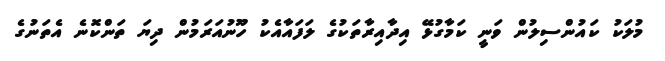
މުލަކު ކައުންސިލުން ވަނީ ކަމާގުޅޭ އިދާއިރާތަކުގެ ލަފައާއެކު ހޫނުއަރަމުން ދިޔަ ތަންކޮނެ އެތަނުގެ